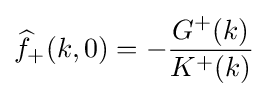
{\widehat {f}}_{+}(k,0)=-{\frac {G^{+}(k)}{K^{+}(k)}}